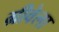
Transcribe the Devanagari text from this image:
ग्रीवेला